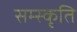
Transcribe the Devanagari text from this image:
सम्स्कृति